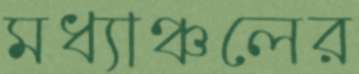
মধ্যাঞ্চলের